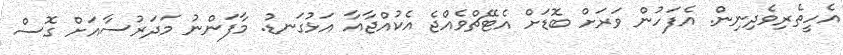
އެހީތެރިވެދިނިން. އެފަހުން ވަރަށް ބޮޑަށް އެޓޭޗްވެއްޖެ އެކުއްޖާއާ އަޅުގަނޑު. މާފަންނު މަދަރުސާއަށް ގޮސް